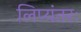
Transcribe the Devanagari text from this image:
लिप्यंतरः